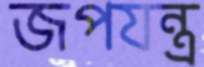
জপযন্ত্র